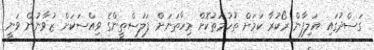
ގަސްދުގައި އަލިފާން ރޯކުރާ ކަމަށް ތުހުމަތުކޮށް މިހާތަނަށް ފަލަސްތީންގެ ވިއްސަކަށް ޒުވާނުން ވަނީ